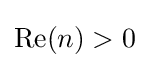
{\textstyle \mathrm {Re} (n)>0}